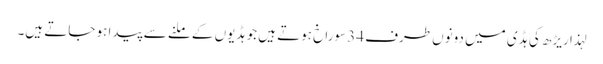
لہذا ریڑھ کی ہڈی میں دونوں طرف 34 سوراخ ہوتے ہیں جو ہڈیوں کے ملنے سے پیدا ہو جاتے ہیں۔